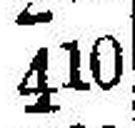
410